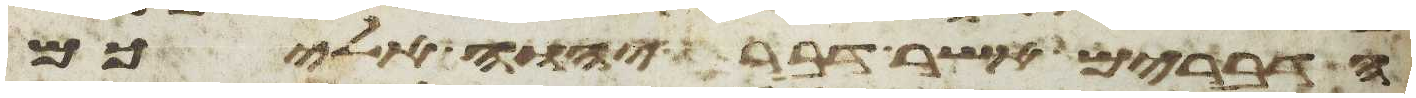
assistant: הדברים אשר דבר יהוה אליכם